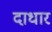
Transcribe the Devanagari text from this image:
दाधार